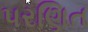
પરણિત